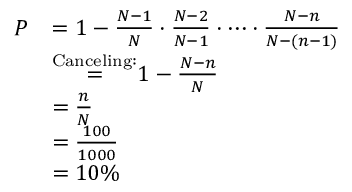
{ \begin{array} { r l } { P } & { = 1 - { \frac { N - 1 } { N } } \cdot { \frac { N - 2 } { N - 1 } } \cdot \cdots \cdot { \frac { N - n } { N - ( n - 1 ) } } } \\ & { { \stackrel { \mathrm { C a n c e l i n g : } } { = } } 1 - { \frac { N - n } { N } } } \\ & { = { \frac { n } { N } } } \\ & { = { \frac { 1 0 0 } { 1 0 0 0 } } } \\ & { = 1 0 \% } \end{array} }